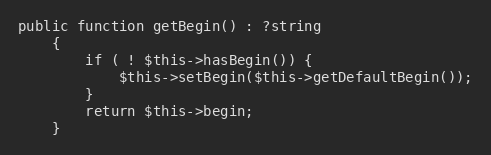
Language: PHP
public function getBegin() : ?string
    {
        if ( ! $this->hasBegin()) {
            $this->setBegin($this->getDefaultBegin());
        }
        return $this->begin;
    }